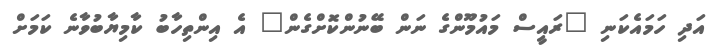
އަދި ހަމައެކަނި "ރައީސް މައުމޫންގެ ނަން ބޭނުންކޮށްގެން" އެ އިންތިހާބު ކާމިޔާބުވާނެ ކަމަށް